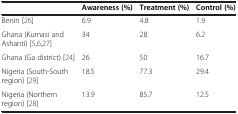
|  | Awareness (%) | Treatment (%) | Control (%) |
 | --- | --- | --- | --- |
 | Benin [26] | 6.9 | 4.8 | 1.9 |
 | Ghana (Kumasi and Ashanti) [5,6,27] | 34 | 28 | 6.2 |
 | Ghana (Ga district) [24] | 26 | 50 | 16.7 |
 | Nigeria (South-South region) [29] | 18.5 | 77.3 | 29.4 |
 | Nigeria (Northern region) [28] | 13.9 | 85.7 | 12.5 |